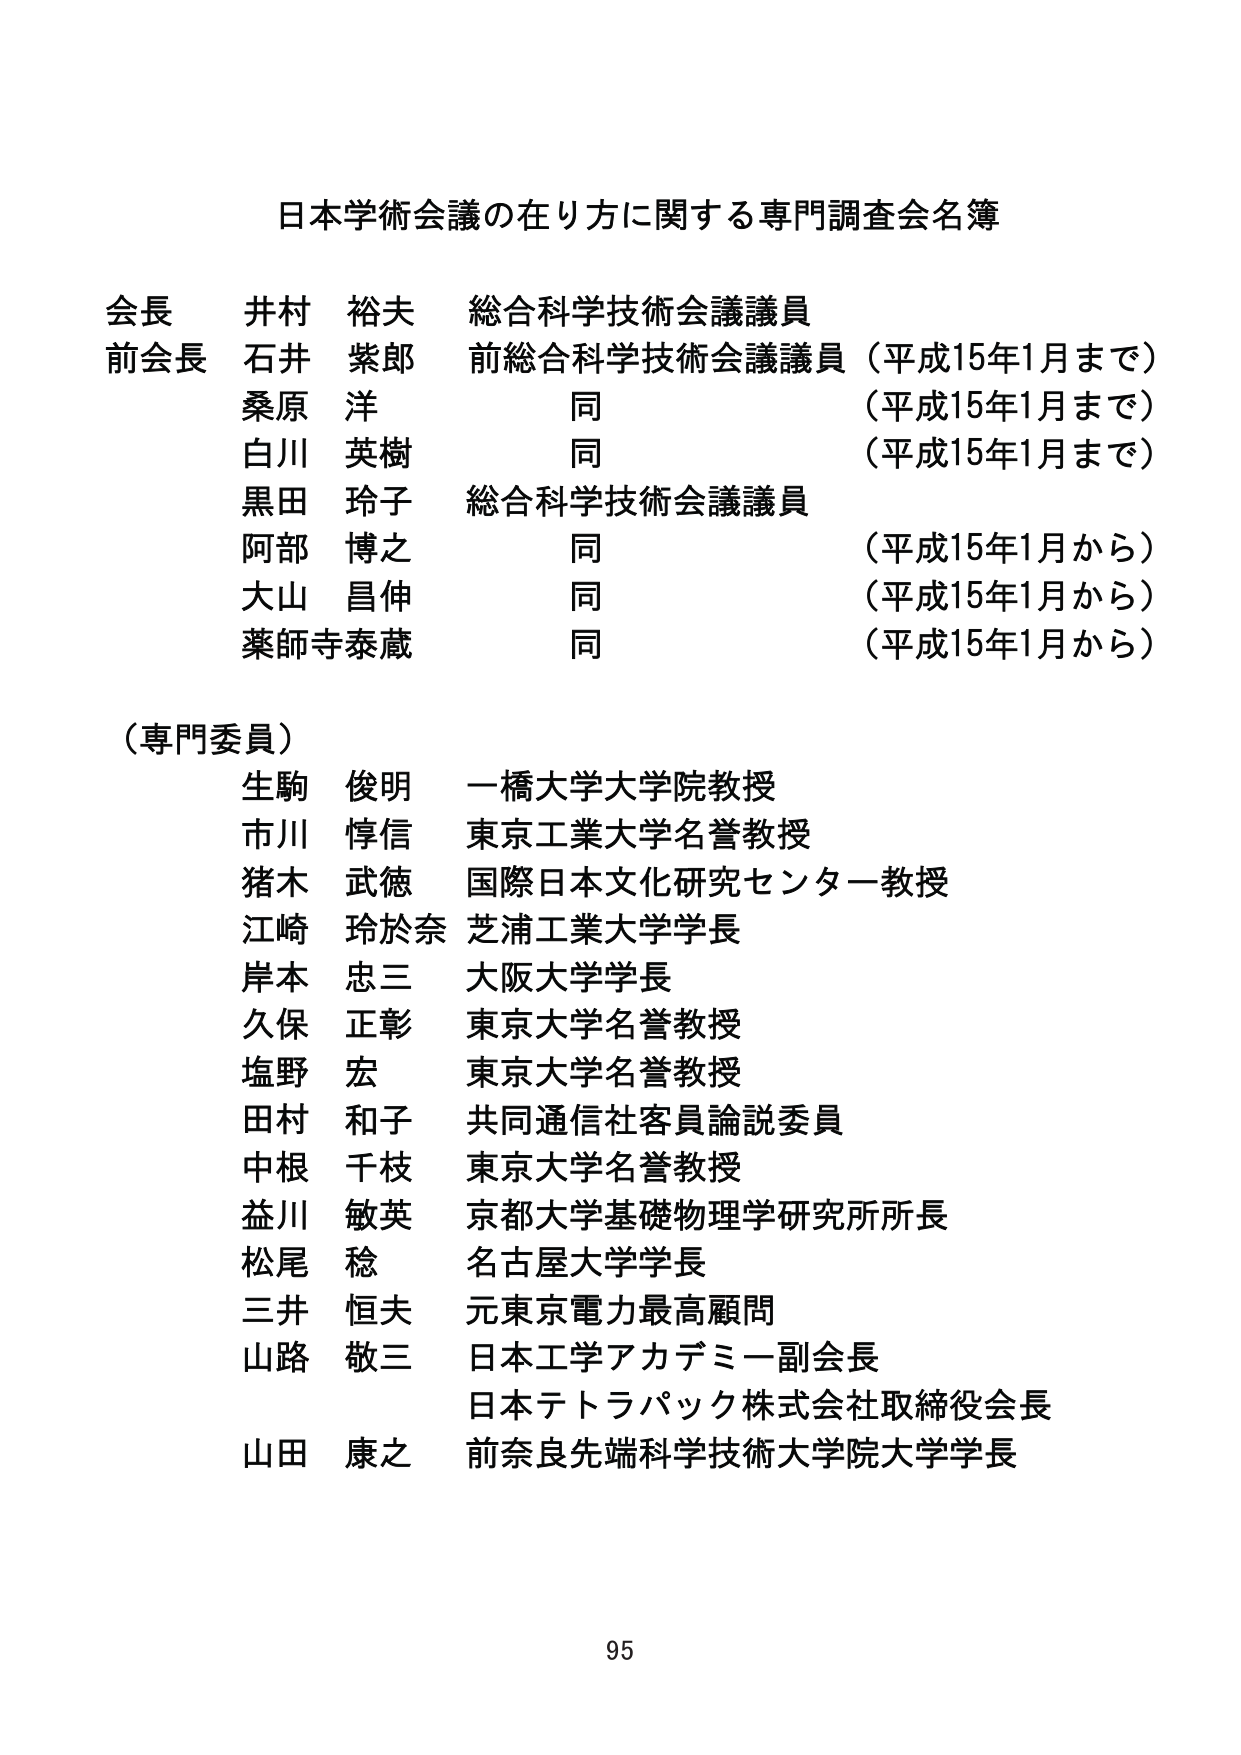
日本学術会議の在り方に関する専門調査会名簿

会長 井村 裕夫 総合科学技術会議議員
前会長 石井 紫郎 前総合科学技術会議議員（平成15年1月まで）
　　　 桑原 洋 同 （平成15年1月まで）
　　　 白川 英樹 同 （平成15年1月まで）
　　　 黒田 玲子 総合科学技術会議議員
　　　 阿部 博之 同 （平成15年1月から）
　　　 大山 昌伸 同 （平成15年1月から）
　　　 薬師寺泰蔵 同 （平成15年1月から）

（専門委員）
生駒 俊明 一橋大学大学院教授
市川 惇信 東京工業大学名誉教授
猪木 武徳 国際日本文化研究センター教授
江崎 玲於奈 芝浦工業大学学長
岸本 忠三 大阪大学学長
久保 正彰 東京大学名誉教授
塩野 宏 東京大学名誉教授
田村 和子 共同通信社客員論説委員
中根 千枝 東京大学名誉教授
益川 敏英 京都大学基礎物理学研究所所長
松尾 稔 名古屋大学学長
三井 恒夫 元東京電力最高顧問
山路 敬三 日本工学アカデミー副会長
　　　　　 日本テトラパック株式会社取締役会長
山田 康之 前奈良先端科学技術大学院大学学長

95